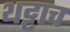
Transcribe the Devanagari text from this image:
थट्टाच